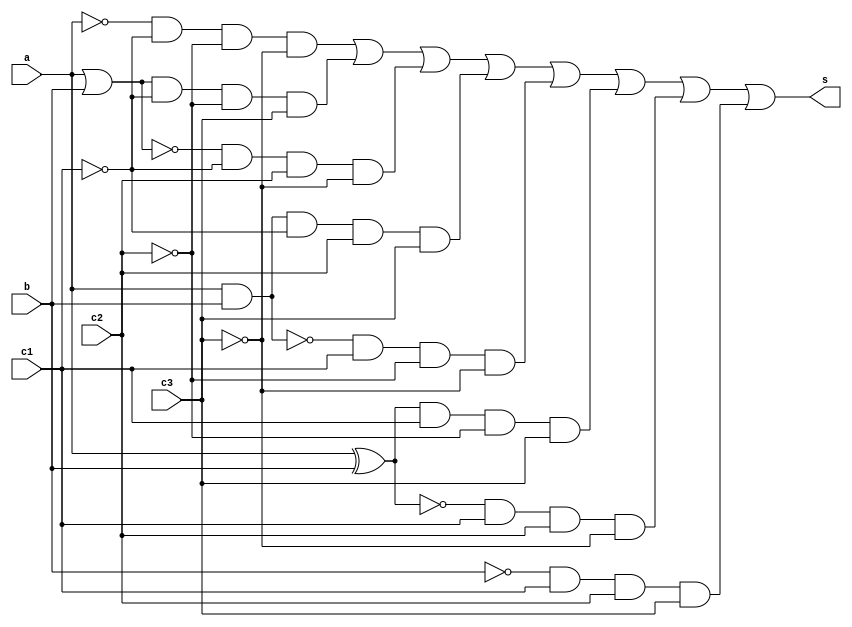
//------------------
//Exemplo0035 - F4
//------------------

module ex35(output s,
            input a,b,c1,c2,c3);

 wire temp[0:16];

 not NOT1(temp[0], a);
 not NOT2(temp[1], b);
 or  OR1(temp[2], a,b);
 nor NOR1(temp[3], a,b);
 and AND1(temp[4], a,b);
 nand NAND1(temp[5], a,b);
 xor XOR1(temp[6], a,b);
 xnor XNOR1(temp[7], a,b);
// USAR PORTA not PARA ~c1, ~c2, ~c3 TAMBEM
 and AND2(temp[8],  temp[0],~c1,~c2,~c3);
 and AND3(temp[9],  temp[2],~c1,~c2,c3);
 and AND4(temp[10], temp[3],~c1,c2,~c3);
 and AND5(temp[11], temp[4],~c1,c2,c3);
 and AND6(temp[12], temp[5],c1,~c2,~c3);
 and AND7(temp[13], temp[6],c1,~c2,c3);
 and AND8(temp[14], temp[7],c1,c2,~c3);
 and AND9(temp[15], temp[1],c1,c2,c3);

 or ORf(temp[16], temp[8],temp[9],temp[10],temp[11],temp[12],temp[13],temp[14],temp[15]);

 assign s = temp[16];

endmodule


module teste;

reg a,b,c1,c2,c3;
wire s;

ex35 exercicio(s, a,b,c1,c2,c3);

initial begin:start
 a=0;b=0;c1=0;c2=0;c3=0;
end


initial begin:main
  $display("Exemplo0035 - Adamo Ludwig - 473319");
  
  $monitor("%b %b %b %b %b s:%b", a, b, c1, c2, c3, s);

#1 a= 0; b= 0; c1=0; c2=0; c3=0;
#1 a= 0; b= 0; c1=0; c2=0; c3=1;
#1 a= 0; b= 0; c1=0; c2=1; c3=0;
#1 a= 0; b= 0; c1=0; c2=1; c3=1;
#1 a= 0; b= 0; c1=1; c2=0; c3=0;
#1 a= 0; b= 0; c1=1; c2=0; c3=1;
#1 a= 0; b= 0; c1=1; c2=1; c3=0;
#1 a= 0; b= 0; c1=1; c2=1; c3=1;
#1 a= 0; b= 1; c1=0; c2=0; c3=0;
#1 a= 0; b= 1; c1=0; c2=0; c3=1;
#1 a= 0; b= 1; c1=0; c2=1; c3=0;
#1 a= 0; b= 1; c1=0; c2=1; c3=1;
#1 a= 0; b= 1; c1=1; c2=0; c3=0;
#1 a= 0; b= 1; c1=1; c2=0; c3=1;
#1 a= 0; b= 1; c1=1; c2=1; c3=0;
#1 a= 0; b= 1; c1=1; c2=1; c3=1;
#1 a= 1; b= 0; c1=0; c2=0; c3=0;
#1 a= 1; b= 0; c1=0; c2=0; c3=1;
#1 a= 1; b= 0; c1=0; c2=1; c3=0;
#1 a= 1; b= 0; c1=0; c2=1; c3=1;
#1 a= 1; b= 0; c1=1; c2=0; c3=0;
#1 a= 1; b= 0; c1=1; c2=0; c3=1;
#1 a= 1; b= 0; c1=1; c2=1; c3=0;
#1 a= 1; b= 0; c1=1; c2=1; c3=1;
#1 a= 1; b= 1; c1=0; c2=0; c3=0;
#1 a= 1; b= 1; c1=0; c2=0; c3=1;
#1 a= 1; b= 1; c1=0; c2=1; c3=0;
#1 a= 1; b= 1; c1=0; c2=1; c3=1;
#1 a= 1; b= 1; c1=1; c2=0; c3=0;
#1 a= 1; b= 1; c1=1; c2=0; c3=1;
#1 a= 1; b= 1; c1=1; c2=1; c3=0;
#1 a= 1; b= 1; c1=1; c2=1; c3=1;

end
endmodule